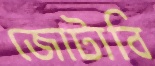
জোটাবি